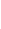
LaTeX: \! \! \! \! \! \! \! \! \! \! \! \Gamma\! \! \! \! \! \! \! \! \! \! \! \! :\! \! \! \! \! \! \! \! \! \! \! \! =\! \! \! \! \! \! \! \! \! \! \! \! \{ \mathit{A}\! \! \! \! \! \! \! \! \! \! \! \! (\! \! \! \! \! \! \! \! \! \! \! \! \mathbf{{x}}\! \! \! \! \! \! \! \! \! \! \! \! )\! \! \! \! \! \! \! \! \! \! \! \! ,\! \! \! \! \! \! \! \! \! \! \! \! ,\! \! \! \! \! \! \! \! \! \! \! \! \! \! \! \! \! \! \! \! \! \! \! \! \mathbf{{x}}\! \! \! \! \! \! \! \! \! \! \! \! \in\! \! \! \! \! \! \! \! \! \! \! \! \gamma\! \! \! \! \! \! \! \! \! \! \! \! \} \! \! \! \! \! \! \! \! \! \! \! \! .\! \! \! \! \! \! \! \! \! \! \!